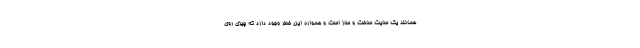
همانند یک سایت ساخت و ساز است و همواره این خطر وجود دارد که چیزی روی